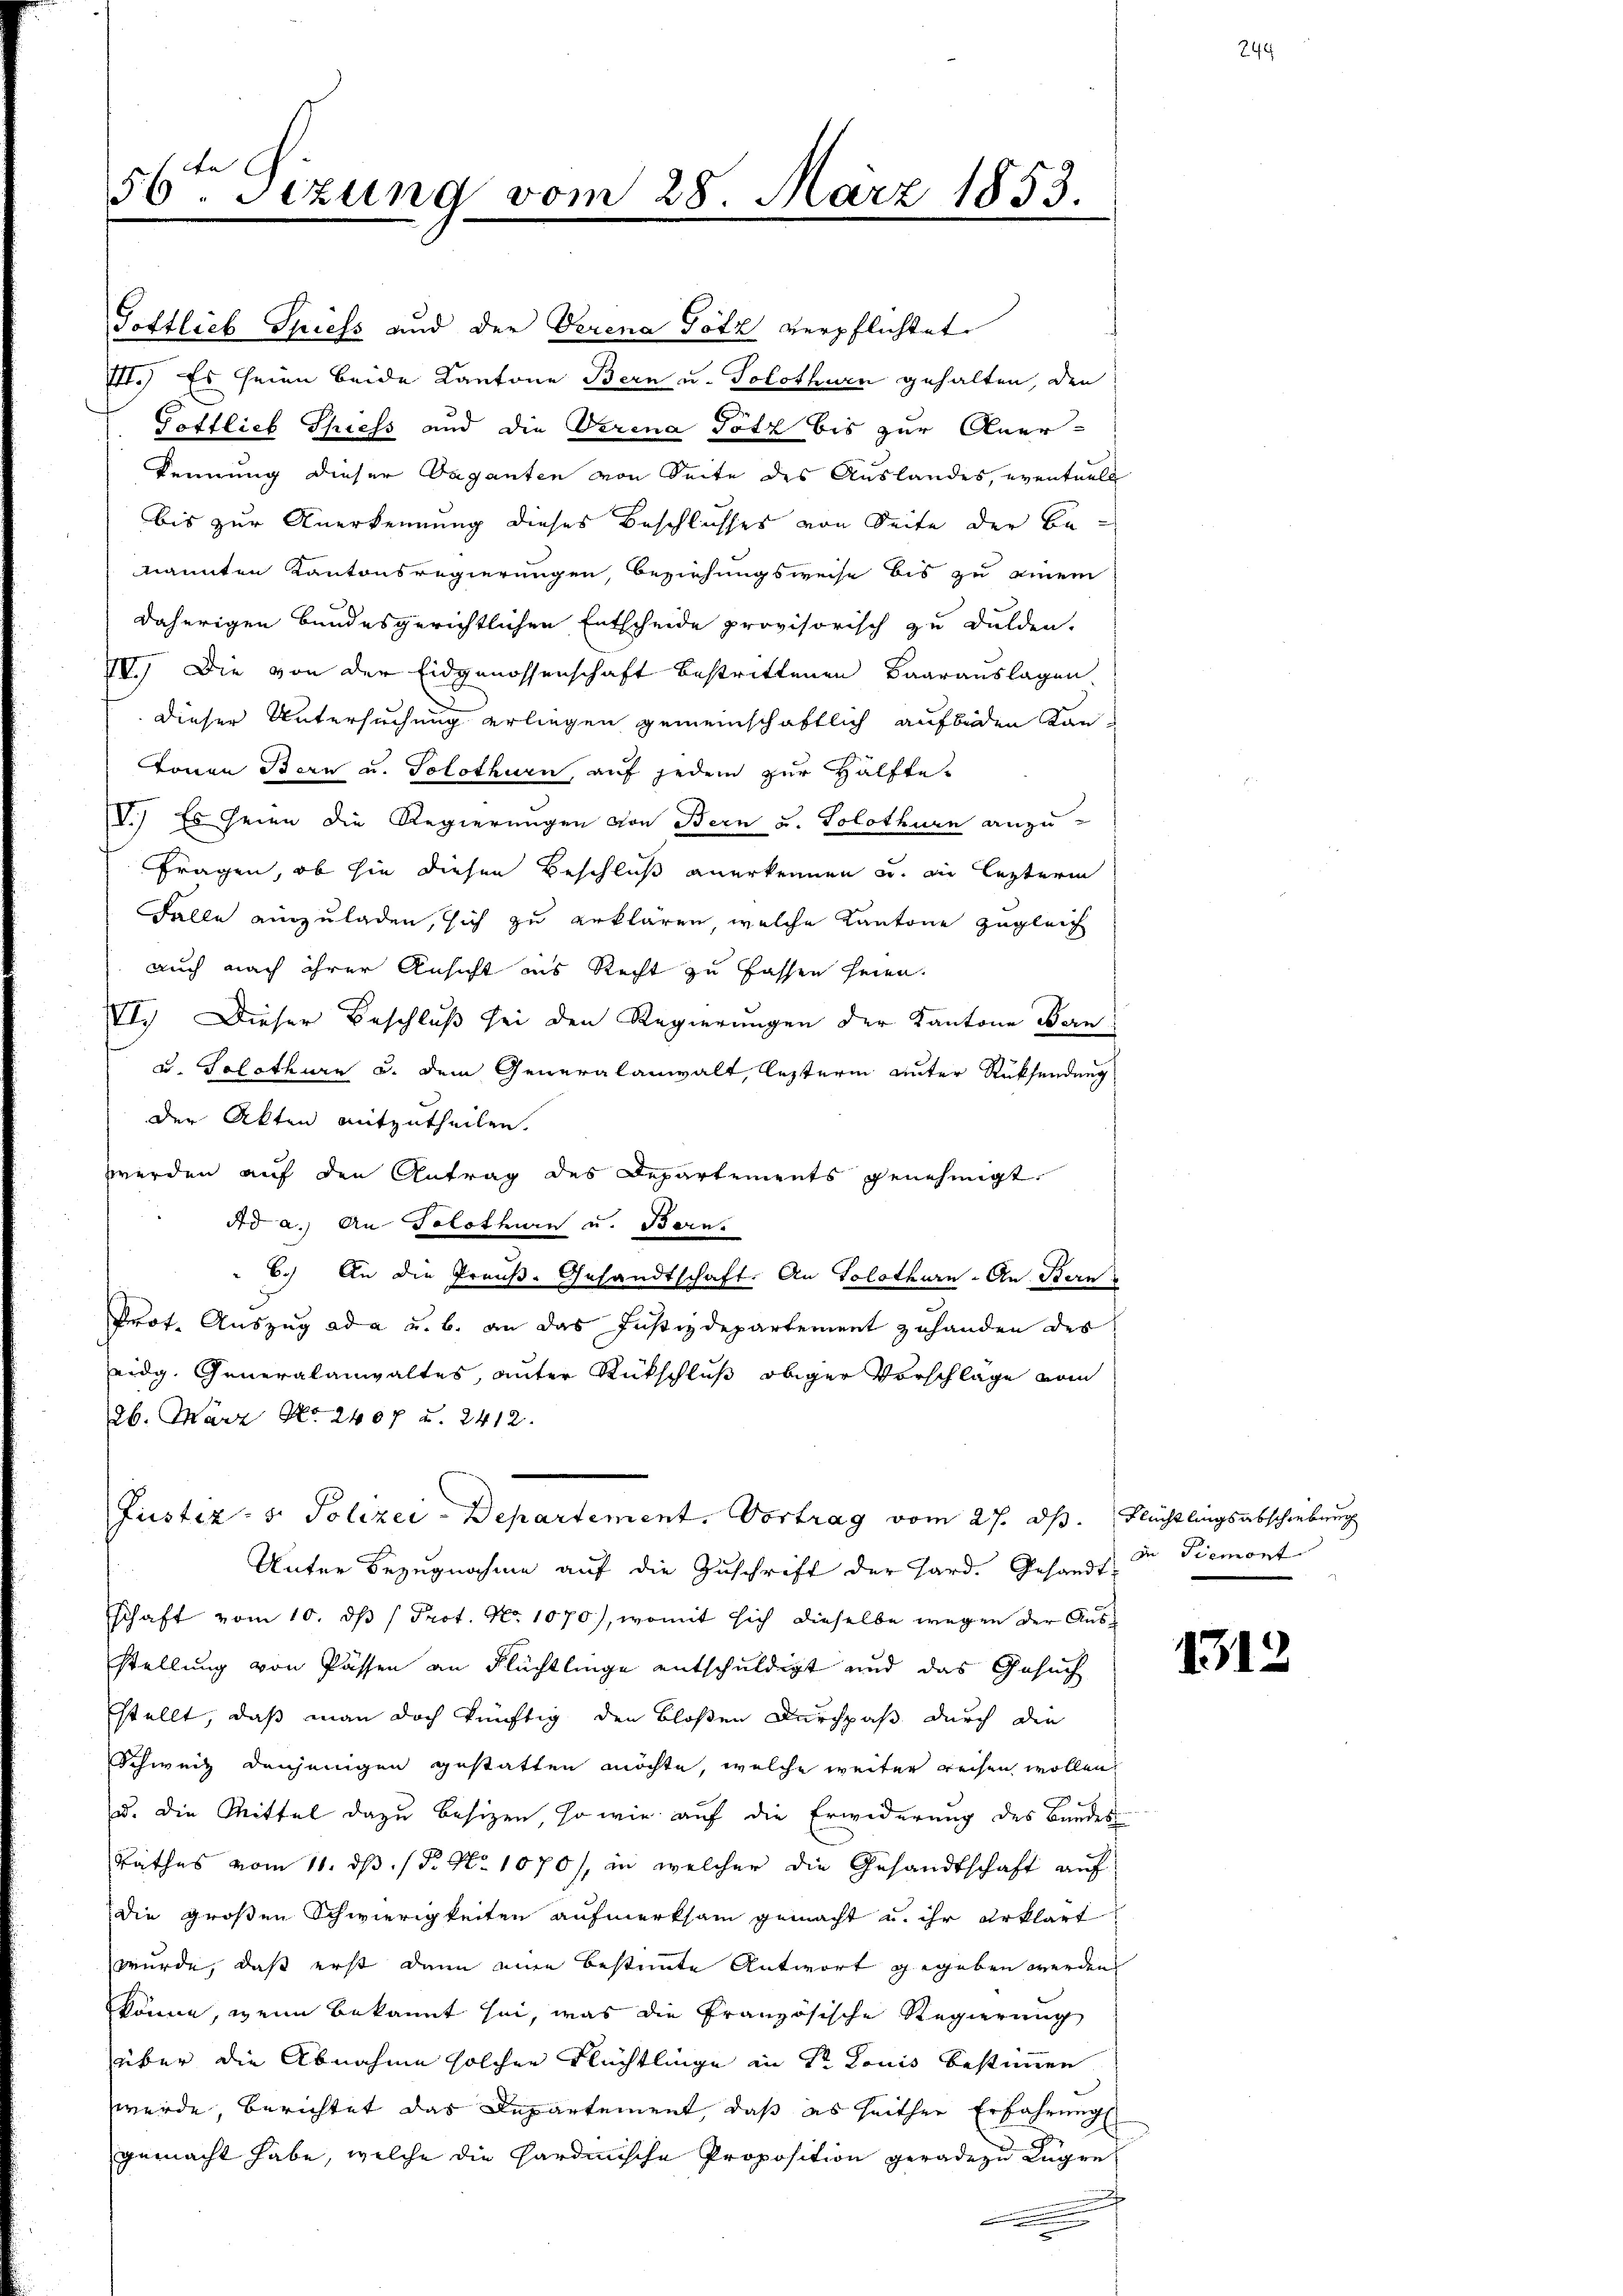
56ten Sizung vom 28. März 1853.

Pottlieb Spiess und der Verena Götz verpflichtet
1.) Es seien beide Kantone Bern u. Solothurn gehalten, den
Gottlich Thiess und die Verena Totz bis zur Aner-
kennung dieser Vaganten von Seite des Auslandes, eventuell
bis zur Anerkennung dieses Beschlusses von Seite der Benannten Kantonsregierungen, Beziehungsweise bis zu einem
daherigen bundesgerichtlichen Entscheide provisorisch zu dulden.
IV. Die von der Eidgenossenschaft bestrittenen Baarauslagen
dieser Untersuchung erliegen gemeinschaftlich aufbeden Kan¬
Tonen Bern u. Solothurn, auf jedem zur Hälfte-
V.) Es seien die Regierungen von Bern u. Solothurn anzu-
Fragen, ob sie diesen Beschluß anerkennen u. ein lezterm
Falle einzuladen, sich zu erklären, welche Kantone zugleich
auch nach ihrer Ansicht ins Recht zu fassen seien.
VI. Dieser Beschluß sei den Regierungen der Kantone Bern
u. Solothurn u. dem Generalanwalt, lezterm unter Rücksendung
der Akten mitzutheilen.
werden auf den Antrag des Departements genehmigt.
Ad a.) An Solothurn u. Berns
6.) An die Preuß-Gesandtschaft. An Solothurn. An Bern
Prot. Auszug ad a u. b. an das Justizdepartement zuhanden des
eidg. Generalanwaltes, unter Rückschluß obiger Vorschläge vom
26. März No. 2407 u. 2412.
Justiz- & Polizei-Departement. Vortrag vom 27. ds. Flüchtlingsabschiebung
Unter Bezugnahme auf die Zuschrift der Hard. Gesandt de Piemont
schaft vom 10. ds / Prot. No. 1070), womit sich dieselbe wegen der Ausstellung von Passen an Flüchtlinge entschuldigt und das Gesuch
stellt, daß man doch künftig den bloßen Durchpaß durch die
Schweiz denjenigen gestatten möchte, welche weiter reisen wollen,
u. die Mittel dazu besizen, so wie auf die Erwiderung des Bundes
Rathes vom 11. ds. / P. Nr. 1070), in welcher die Gesandtschaft auf
die großen Schwierigkeiten aufmerksam gemacht u. ihr erklärt
wurde, dass erst dann eine bestimmte Antwort gegeben werden
könne, wenn bekannt sei, was die Französische Regierung
über die Abnahme solchen Flüchtlinge in Sr. Louis bestimmen
werde, berichtet das Departement, daß es seither Erfahrung
gemacht habe, welche die Gardinische Proposition geradezu Lugre
a

1312